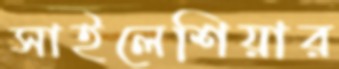
সাইলেশিয়ার